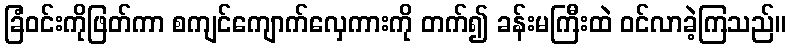
ခြံဝင်းကိုဖြတ်ကာ စကျင်ကျောက်လှေကားကို တက်၍ ခန်းမကြီးထဲ ဝင်လာခဲ့ကြသည်။